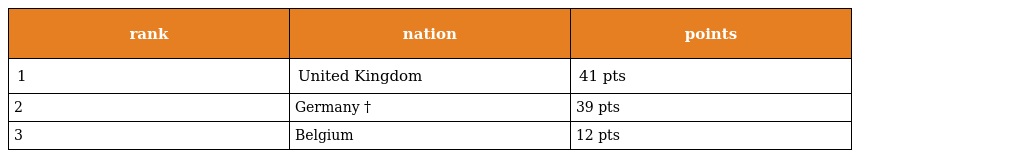
| rank | nation | points |
 | --- | --- | --- |
 | 1 | United Kingdom | 41 pts |
 | 2 | Germany † | 39 pts |
 | 3 | Belgium | 12 pts |